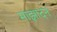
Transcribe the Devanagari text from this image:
मांझादन